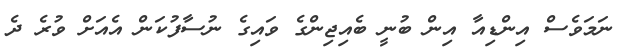
ނަމަވެސް އިންޑިއާ އިން ބުނީ ބެއިޖިންގެ ވައިގެ ނުސާފުކަން އެއަށް ވުރެ ދެ